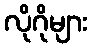
လိုဂိုများ